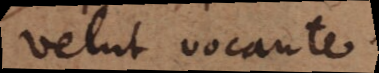
velut vocante.